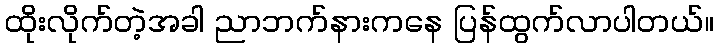
ထိုးလိုက်တဲ့အခါ ညာဘက်နားကနေ ပြန်ထွက်လာပါတယ်။